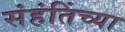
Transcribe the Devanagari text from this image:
संहंतिंच्या